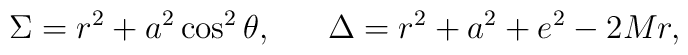
\Sigma = r^2 + a^2 \cos^2 \theta, ~~~~~  \Delta = r^2 + a^2 + e^2 - 2 M r,